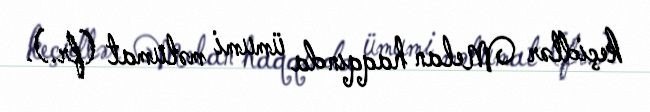
keçidlər Melan haqqında ümumi məlumat (fr.).